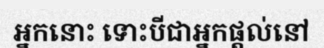
អ្នកនោះ ទោះបីជាអ្នកផ្តល់នៅ